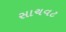
સાચવટ